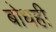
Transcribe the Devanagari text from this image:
बोधही